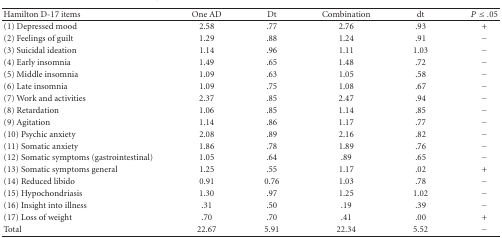
<table><thead><tr><td><b>Hamilton D-17 items</b></td><td><b>One AD</b></td><td><b>Dt</b></td><td><b>Combination</b></td><td><b>dt</b></td><td><b><i>P</i> ≤ .05</b></td></tr></thead><tbody><tr><td>(1) Depressed mood</td><td>2.58</td><td>.77</td><td>2.76</td><td>.93</td><td>+</td></tr><tr><td>(2) Feelings of guilt</td><td>1.29</td><td>.88</td><td>1.24</td><td>.91</td><td>−</td></tr><tr><td>(3) Suicidal ideation</td><td>1.14</td><td>.96</td><td>1.11</td><td>1.03</td><td>−</td></tr><tr><td>(4) Early insomnia</td><td>1.49</td><td>.65</td><td>1.48</td><td>.72</td><td>−</td></tr><tr><td>(5) Middle insomnia</td><td>1.09</td><td>.63</td><td>1.05</td><td>.58</td><td>−</td></tr><tr><td>(6) Late insomnia</td><td>1.09</td><td>.75</td><td>1.08</td><td>.67</td><td>−</td></tr><tr><td>(7) Work and activities</td><td>2.37</td><td>.85</td><td>2.47</td><td>.94</td><td>−</td></tr><tr><td>(8) Retardation</td><td>1.06</td><td>.85</td><td>1.14</td><td>.85</td><td>−</td></tr><tr><td>(9) Agitation</td><td>1.14</td><td>.86</td><td>1.17</td><td>.77</td><td>−</td></tr><tr><td>(10) Psychic anxiety</td><td>2.08</td><td>.89</td><td>2.16</td><td>.82</td><td>−</td></tr><tr><td>(11) Somatic anxiety</td><td>1.86</td><td>.78</td><td>1.89</td><td>.76</td><td>−</td></tr><tr><td>(12) Somatic symptoms (gastrointestinal)</td><td>1.05</td><td>.64</td><td>.89</td><td>.65</td><td>−</td></tr><tr><td>(13) Somatic symptoms general</td><td>1.25</td><td>.55</td><td>1.17</td><td>.02</td><td>+</td></tr><tr><td>(14) Reduced libido</td><td>0.91</td><td>0.76</td><td>1.03</td><td>.78</td><td>−</td></tr><tr><td>(15) Hypochondriasis</td><td>1.30</td><td>.97</td><td>1.25</td><td>1.02</td><td>−</td></tr><tr><td>(16) Insight into illness</td><td>.31</td><td>.50</td><td>.19</td><td>.39</td><td>−</td></tr><tr><td>(17) Loss of weight</td><td>.70</td><td>.70</td><td>.41</td><td>.00</td><td>+</td></tr><tr><td> Total</td><td>22.67</td><td>5.91</td><td>22.34</td><td>5.52</td><td>−</td></tr></tbody></table>